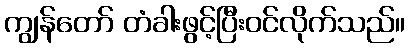
ကျွန်တော် တံခါးဖွင့်ပြီးဝင်လိုက်သည်။